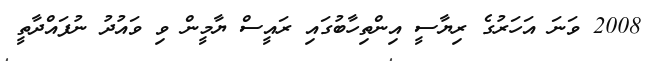
2008 ވަނަ އަހަރުގެ ރިޔާސީ އިންތިހާބުގައި ރައީސް ޔާމީން ވި ވައުދު ނުފައްދާތީ